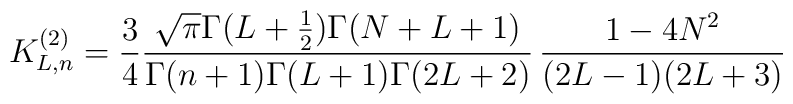
K^{(2)}_{L,n}=\frac 34\frac {\sqrt {\pi}\Gamma (L+\frac 12)\Gamma (N+L+1)}{\Gamma (n+1)\Gamma (L+1)\Gamma (2L+2)}\,\frac {1-4N^2}{(2L-1)(2L+3)}